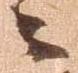
々